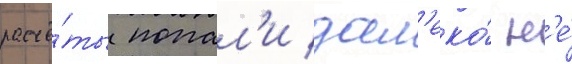
расчё́ты попал'и дал'еко́ н'е́